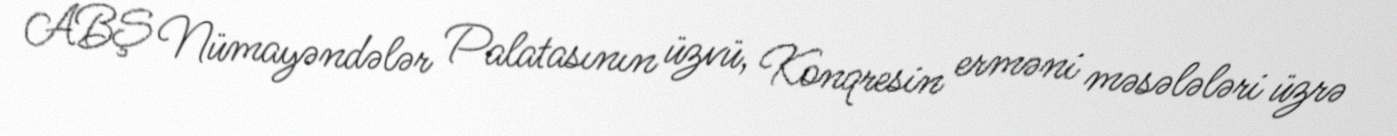
ABŞ Nümayəndələr Palatasının üzvü, Konqresin erməni məsələləri üzrə